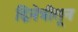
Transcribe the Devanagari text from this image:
द्विनेत्रीतून